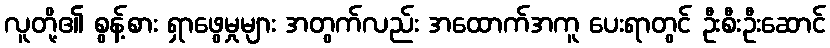
လူတို့၏ စွန့်စား ရှာဖွေမှုများ အတွက်လည်း အထောက်အကူ ပေးရာတွင် ဦးစီးဦးဆောင်